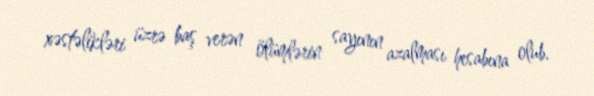
xəstəlikləri üzrə baş verən ölümlərin sayının azalması hesabına olub.